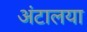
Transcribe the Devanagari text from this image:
अंटालया